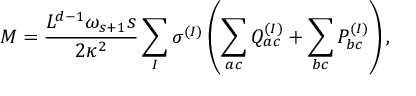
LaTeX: M = \frac { L ^ { d - 1 } \omega _ { s + 1 } s } { 2 \kappa ^ { 2 } } \sum _ { I } \sigma ^ { ( I ) } \left( \sum _ { a c } Q _ { a c } ^ { ( I ) } + \sum _ { b c } P _ { b c } ^ { ( I ) } \right) ,